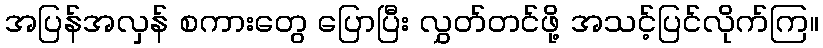
အပြန်အလှန် စကားတွေ ပြောပြီး လွှတ်တင်ဖို့ အသင့်ပြင်လိုက်ကြ။